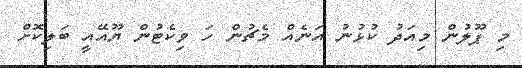
މި ޕޫލުން މިއަދު ކުޅުނު އަނެއް މެޗުން ހަ ވިކެޓުން ޔޫއޭއީ ބަލިކޮށް